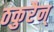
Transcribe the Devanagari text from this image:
ठकुरैन्